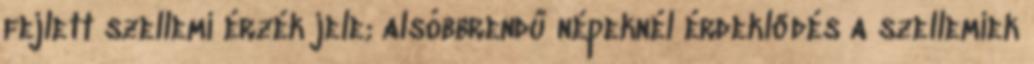
fejlett szellemi érzék jele; alsóbbrendű népeknél érdeklődés a szellemiek